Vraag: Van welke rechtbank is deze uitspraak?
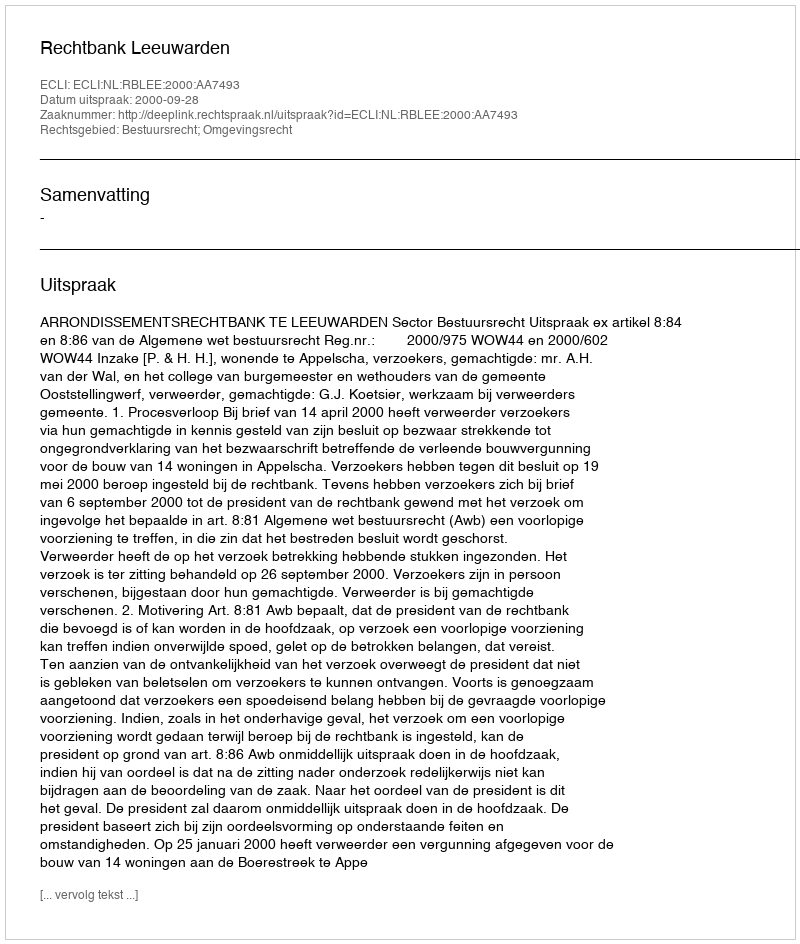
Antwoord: Rechtbank Leeuwarden